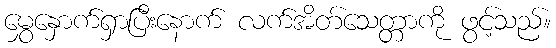
မွှေနှောက်ရှာပြီးနောက် လက်အိတ်သေတ္တာကို ဖွင့်သည်။